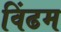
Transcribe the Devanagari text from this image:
विंढम